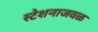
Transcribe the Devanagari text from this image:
स्टेशनाजवळ